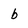
Character: b